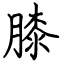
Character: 膝